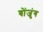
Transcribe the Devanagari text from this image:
बोंजुंग